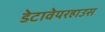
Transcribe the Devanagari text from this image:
डेटावेयरहाउस